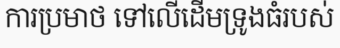
ការប្រមាថ ទៅលើដើមទ្រូងធំរបស់